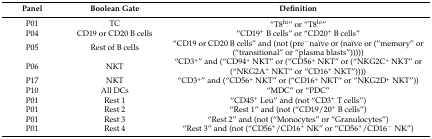
<table><thead><tr><td><b>Panel</b></td><td><b>Boolean Gate</b></td><td><b>Definition</b></td></tr></thead><tbody><tr><td>P01</td><td>TC</td><td>“T8<sup>hi</sup>” or “T8<sup>lo</sup>”</td></tr><tr><td>P04</td><td>CD19 or CD20 B cells</td><td>“CD19<sup>+</sup> B cells” or “CD20<sup>+</sup> B cells”</td></tr><tr><td>P05</td><td>Rest of B cells</td><td>“CD19 or CD20 B cells” and (not (pre<sup>−</sup>naïve or (naïve or (“memory” or (“transitional” or “plasma blasts”)))))</td></tr><tr><td>P06</td><td>NKT</td><td>“CD3<sup>+</sup>” and (“CD94<sup>+</sup> NKT” or (“CD56<sup>+</sup> NKT” or (“NKG2C<sup>+</sup> NKT” or (“NKG2A<sup>+</sup> NKT” or “CD16<sup>+</sup> NKT”))))</td></tr><tr><td>P17</td><td>NKT</td><td>“CD3<sup>+</sup>” and (“CD56<sup>+</sup> NKT” or (“CD16<sup>+</sup> NKT” or “NKG2D<sup>+</sup> NKT”))</td></tr><tr><td>P10</td><td>All DCs</td><td>“MDC” or “PDC”</td></tr><tr><td>P01</td><td>Rest 1</td><td>“CD45<sup>+</sup> Leu” and (not “CD3<sup>+</sup> T cells”)</td></tr><tr><td>P01</td><td>Rest 2</td><td>“Rest 1” and (not (“CD19/20<sup>+</sup> B cells”)</td></tr><tr><td>P01</td><td>Rest 3</td><td>“Rest 2” and (not (“Monocytes” or “Granulocytes”)</td></tr><tr><td>P01</td><td>Rest 4</td><td>“Rest 3” and (not (“CD56<sup>+</sup>/CD16<sup>+</sup> NK” or “CD56<sup>+</sup>/CD16<sup>−</sup> NK”)</td></tr></tbody></table>